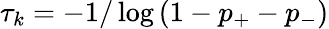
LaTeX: \tau_{k}=-1/\log\left(1-p_{+}-p_{-}\right)